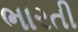
ભારતી